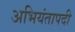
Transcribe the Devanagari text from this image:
अभियंतापदी